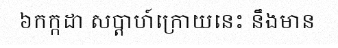
៦កក្កដា សប្តាហ៍ក្រោយនេះ នឹងមាន